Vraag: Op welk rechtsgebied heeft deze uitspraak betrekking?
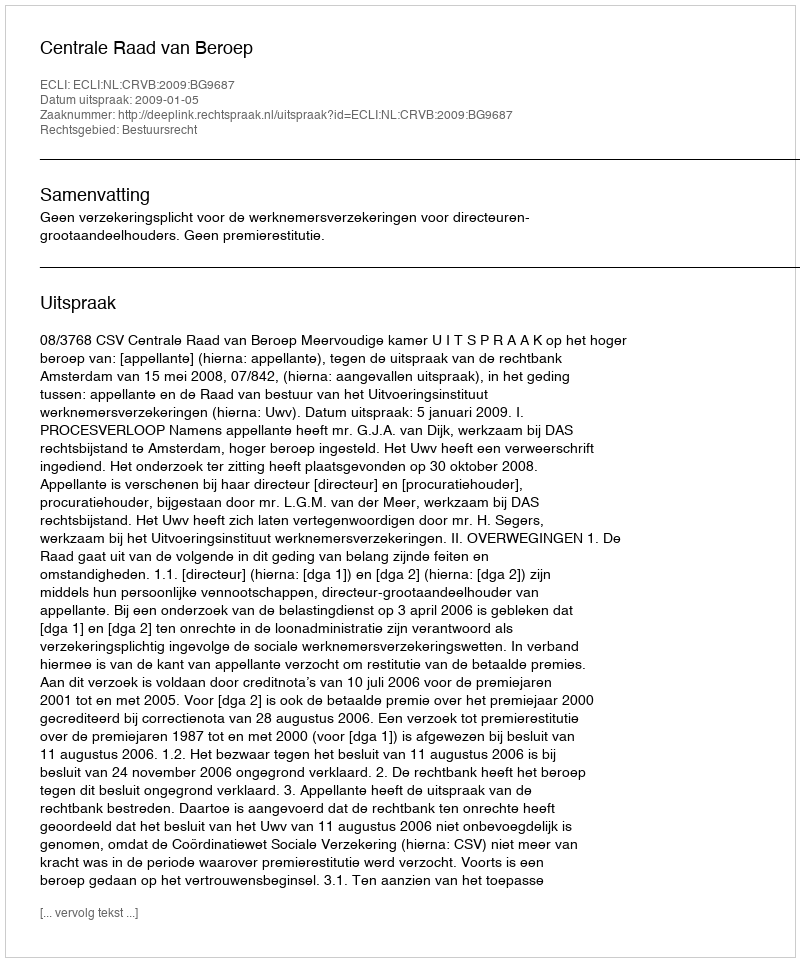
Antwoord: Bestuursrecht